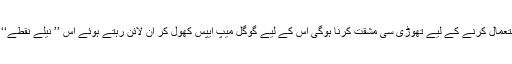
یہ فیچر اب دستیاب ہے‘ لیکن اسے انفرادی استعمال کرنے کے لیے تھوڑی سی مشقت کرنا ہوگی اس کے لیے گوگل میپ ایپس کھول کر آن لائن رہتے ہوئے اس ’’ نیلے نقطے‘‘ پر ٹیپ کریں جو آپ کا مقام ظاہر کررہا ہے۔